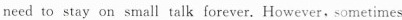
need to stay on small talk forever. However.sometimes